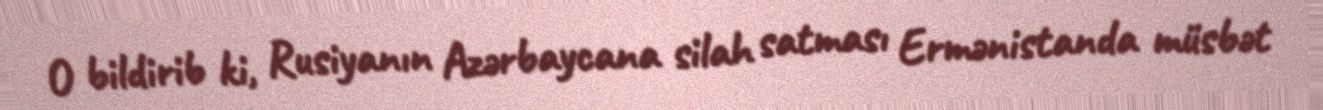
O bildirib ki, Rusiyanın Azərbaycana silah satması Ermənistanda müsbət